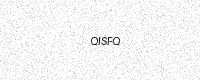
Text: QISFQ